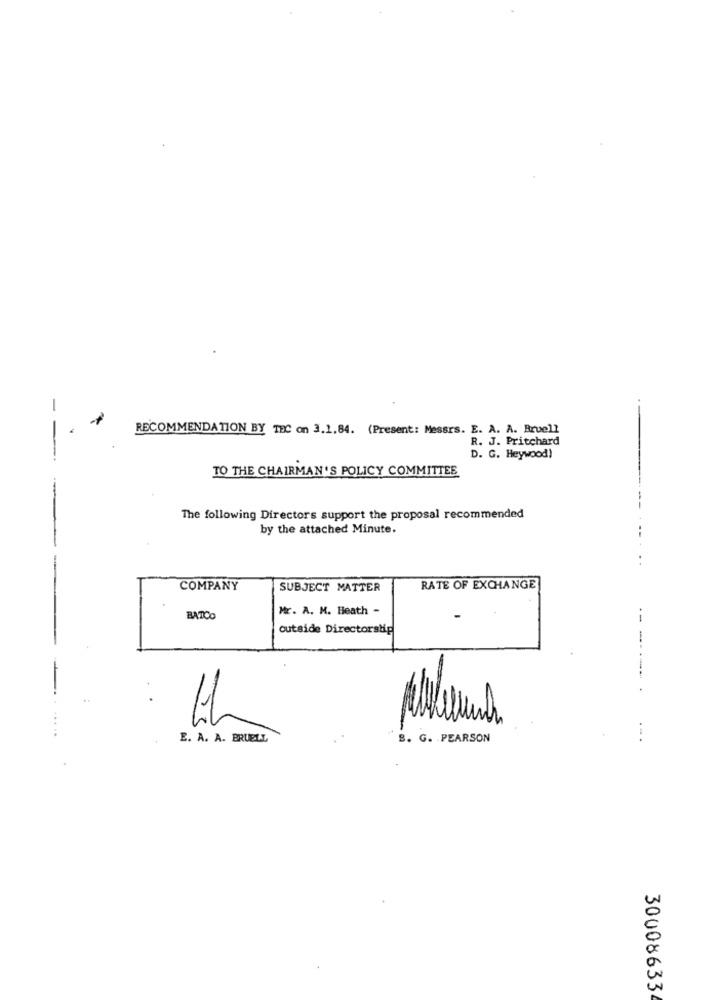
RECOMMENDATION BY TEC on 3.1.84. (Present: Messrs. E. A. A. Bruell
--
R. J. Pritchard
D. G. Heywood)
TO THE CHAIRMAN'S POLICY COMMITTEE
--
The following Directors support the proposal recommended
by the attached Minute.
--
..
COMPANY
SUBJECT MATTER
RATE OF EXCHANGE
Mr. A. M. Heath -
BATCO
--
outside Directorstp
-
the
E. A. A. BRUELL
8. G. . PEARSON
.. .
30008633